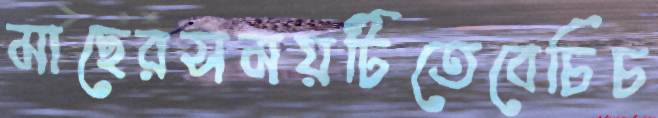
মাছেরসময়টিতেবেচিচ